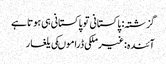
گزشتہ: پاکستانی تو پاکستانی ہی ہوتا ہے
آئندہ: غیرملکی ڈراموںکی یلغار